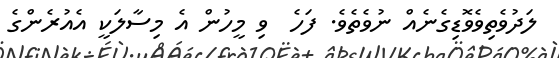
ލަދުވެތިިވެވޮޑިގެނެއް ނުވެތެވެ. ފަހެ  ވި މީހުން އެ މިސާލަކީ އެއުރެންގެ